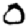
Digit: 0